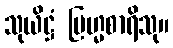
သုယိဋ္ဌံ ဗြဟ္မစာရိသု။